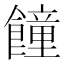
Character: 䭚